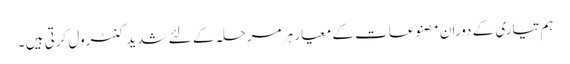
ہم تیاری کے دوران مصنوعات کے معیار ہر مرحلہ کے لئے شدید کنٹرول کرتی ہیں ۔